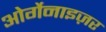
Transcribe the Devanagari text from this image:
ओर्गेनाइज़र